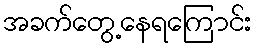
အခက်တွေ့နေရကြောင်း